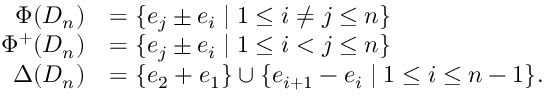
\begin{array} { r l } { \Phi ( D _ { n } ) } & { = \{ e _ { j } \pm e _ { i } \mid 1 \leq i \neq j \leq n \} } \\ { \Phi ^ { + } ( D _ { n } ) } & { = \{ e _ { j } \pm e _ { i } \mid 1 \leq i < j \leq n \} } \\ { \Delta ( D _ { n } ) } & { = \{ e _ { 2 } + e _ { 1 } \} \cup \{ e _ { i + 1 } - e _ { i } \mid 1 \leq i \leq n - 1 \} . } \end{array}